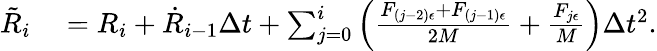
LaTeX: \begin{array}{rl}{\tilde{R}_{i}}&{{}=R_{i}+\dot{R}_{i-1}\Delta t+\sum_{j=0}^{i}\left(\frac{F_{(j-2)\epsilon}+F_{(j-1)\epsilon}}{2M}+\frac{F_{j\epsilon}}{M}\right)\Delta t^{2}.}\end{array}